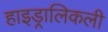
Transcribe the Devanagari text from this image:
हाइड्रालिकली